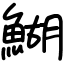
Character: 鰗